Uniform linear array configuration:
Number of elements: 32
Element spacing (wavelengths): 0.5
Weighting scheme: binomial
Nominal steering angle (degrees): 0
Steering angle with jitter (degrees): -0.8113
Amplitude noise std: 0.05
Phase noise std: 0.05

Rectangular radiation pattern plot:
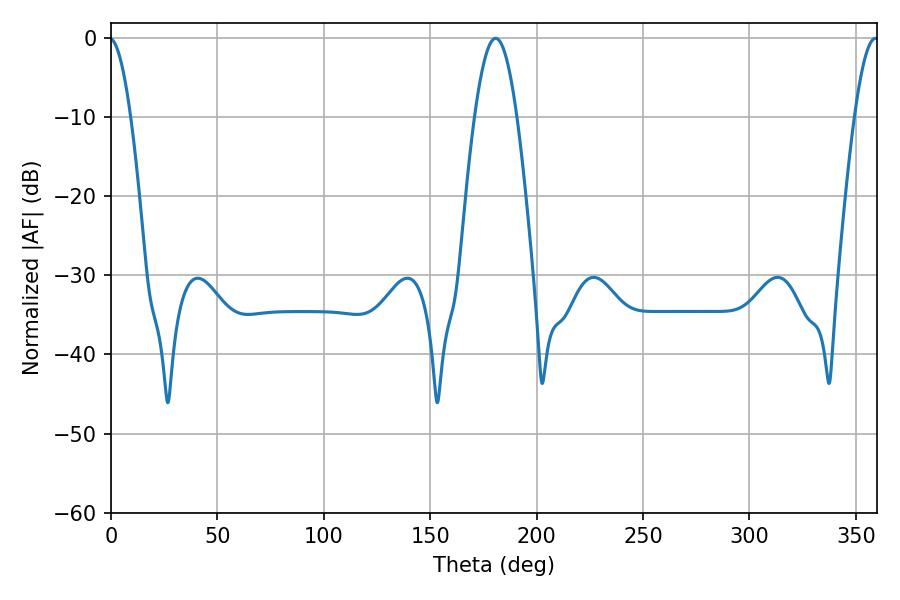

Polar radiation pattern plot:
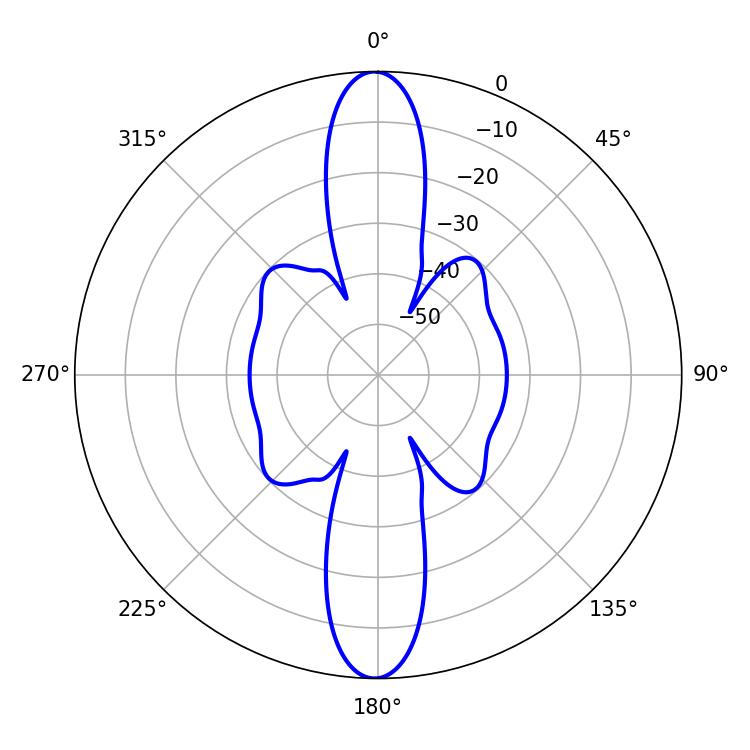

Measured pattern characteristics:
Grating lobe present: FALSE
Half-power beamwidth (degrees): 10.8
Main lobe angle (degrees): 180.72